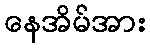
နေအိမ်အား